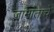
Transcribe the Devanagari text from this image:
जामाताचे